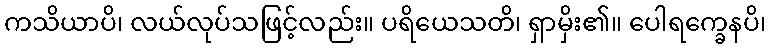
ကသိယာပိ၊ လယ်လုပ်သဖြင့်လည်း။ ပရိယေသတိ၊ ရှာမှိး၏။ ပေါရက္ခေနပိ၊